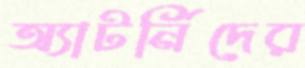
অ্যাটর্নিদের